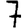
Digit: 7